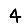
Digit: 4